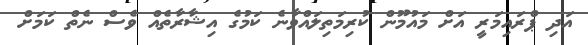
އަދި ޕްރައިމަރީ އަށް މައުމޫން ކުރިމަތިލައްވާނެ ކަމުގެ އިޝާރާތެއް ވެސް ނެތް ކަމަށް